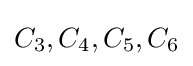
C_{3},C_{4},C_{5},C_{6}